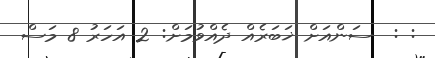
: :  ސަންއަށް ޚަބަރެއް ދެއްވުމަށް: 2 އަހަރު 8 މަސް